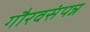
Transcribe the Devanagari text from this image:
गौरवसंपन्न